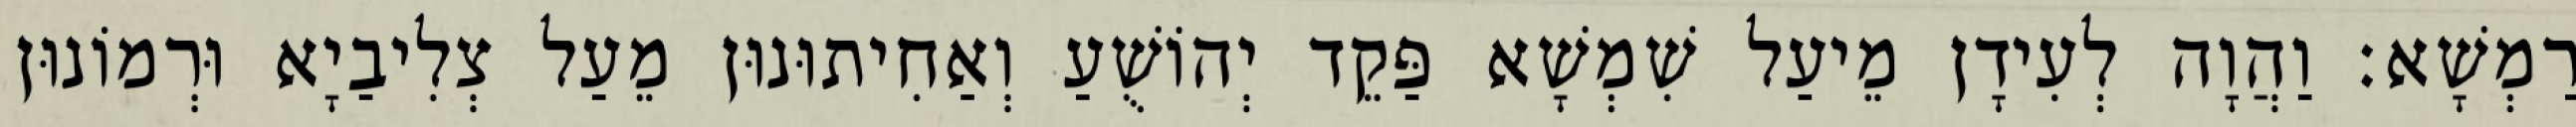
רַמְשָׁא׃ וַהֲוָה לְעִידָן מֵיעַל שִׁמְשָׁא פַּקֵד יְהוֹשֻׁעַ וְאַחִיתוּנוּן מֵעַל צְלִיבַיָא וּרְמוֹנוּן